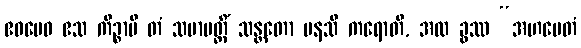
ဧဝမေဝ ဧသ ကိဉ္စာပိ တံ သမာပတ္တိံ သန္တတော မနသိ ကရောတိ, အထ ခွဿ “အဟမေတံ